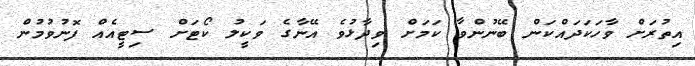
އިތުރަށް ވާހަކަދައްކަން ބޭނުންވާ ކަމަށް ވިދާޅުވެ އޭނާގެ ވަކީލު ކޯޓަށް ސިޓީއެއް ފޮނުވުމުން